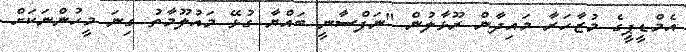
އެމްޑީޕީގެ މުޒާހަރާ މައިދާން ރޫޅާލުން "ނަފްސާނީ ބައްޔާ ގުޅޭ މައުލޫމާތު ގިނަ މީހުންނަކަށް